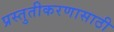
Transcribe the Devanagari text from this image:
प्रस्तुतीकरणासाठी